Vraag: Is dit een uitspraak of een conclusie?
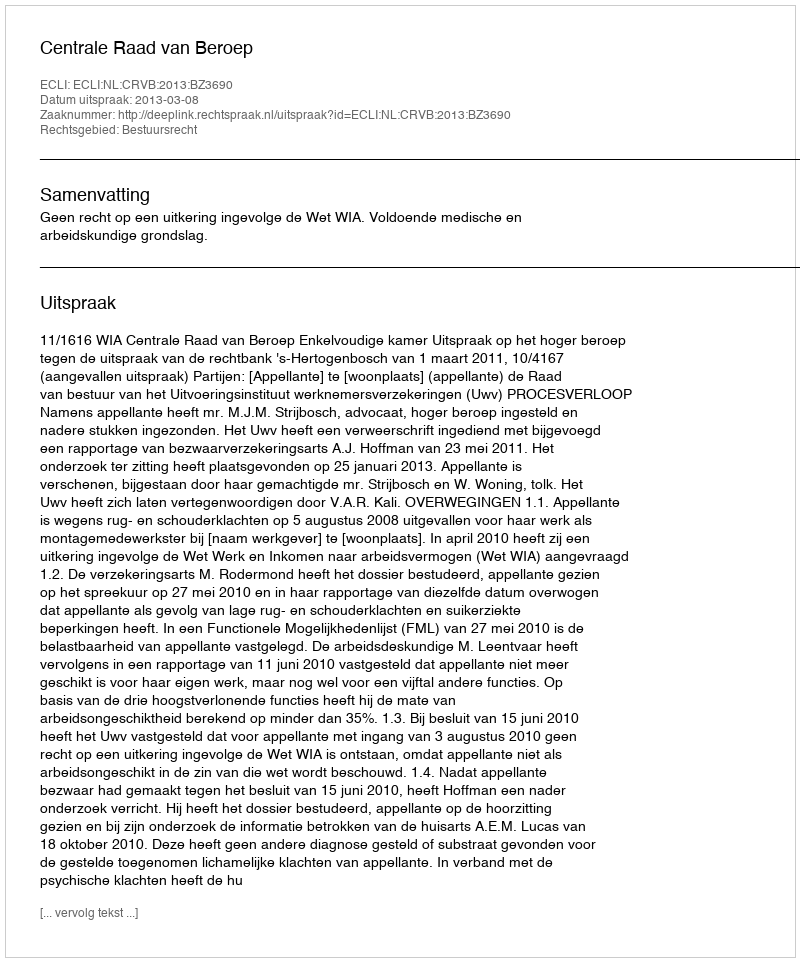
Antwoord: Uitspraak